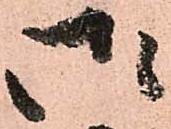
御